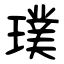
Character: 璞